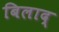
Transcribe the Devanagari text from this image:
बिलाद्